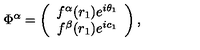
\Phi ^ { \alpha } = \left( \begin{array} { c } { f ^ { \alpha } ( r _ { 1 } ) e ^ { i \theta _ { 1 } } } \\ { f ^ { \beta } ( r _ { 1 } ) e ^ { i c _ { 1 } } } \\ \end{array} \right) ,